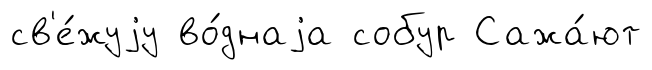
св'е́жуjу во́днаjа собур Сажа́ют